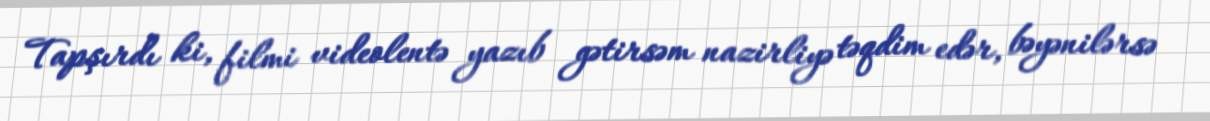
Tapşırdı ki, filmi videolentə yazıb gətirsəm nazirliyə təqdim edər, bəyənilərsə